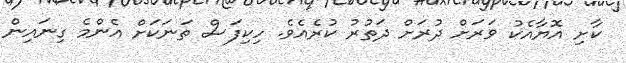
ކާށި އޮޔާއެކު ވަރަށް ދުރަށް ދަތުރު ކުރެއެވެ. ހިކިފަސް ތަނަކަށް އެންމެ ގިނައިން